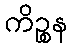
ကိဉ္စန